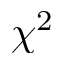
\chi ^ { 2 }